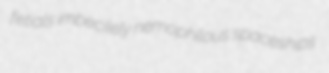
fetials imbecilely nemophilous spaceships